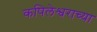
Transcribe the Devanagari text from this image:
कपिलेश्वराच्या